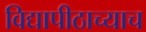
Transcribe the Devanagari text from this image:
विद्यापीठाच्याच